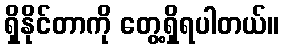
ရှိနိုင်တာကို တွေ့ရှိရပါတယ်။